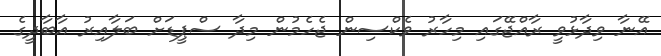
އޭނާ ވިދާޅުވީ ރާއްޖޭގައި މިހާރު ވެކްސިން ޖެހެމުން މިދާ ސްޕީޑަށް ބަލާއިރު އާބާދީގެ